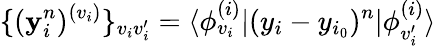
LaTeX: \{ (\mathbf{y}_{i}^{n})^{(v_{i})}\} _{v_{i}v_{i}^{\prime}}=\langle\phi_{v_{i}}^{(i)}|(y_{i}-y_{i_{0}})^{n}|\phi_{v_{i}^{\prime}}^{(i)}\rangle